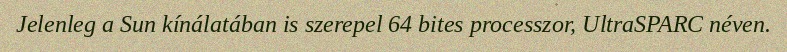
Jelenleg a Sun kínálatában is szerepel 64 bites processzor, UltraSPARC néven.